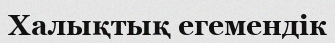
Халықтық егемендік